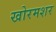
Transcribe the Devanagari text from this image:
खोरमशर